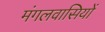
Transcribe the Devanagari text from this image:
मंगलवासियों